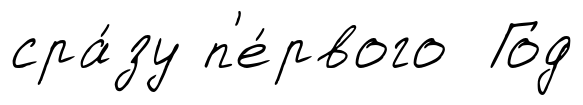
сра́зу п'е́рвого Год